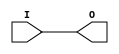
module IBUF_HSTL_I_DCI (O, I);

    output O;

    input  I;

	buf B1 (O, I);


endmodule